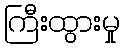
ကြီးထွားမှု